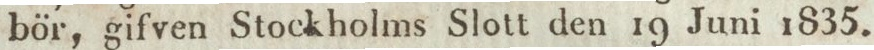
bör, gifven Stockholms Slott den 19 Juni 1835.